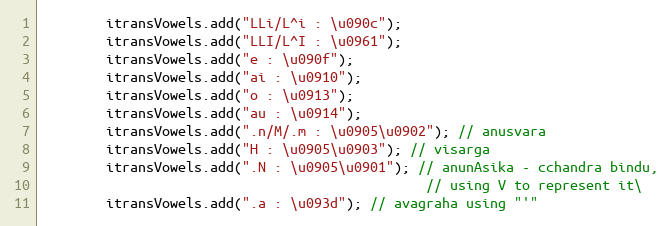
Language: Java
        itransVowels.add("LLi/L^i : \u090c");
        itransVowels.add("LLI/L^I : \u0961");
        itransVowels.add("e : \u090f");
        itransVowels.add("ai : \u0910");
        itransVowels.add("o : \u0913");
        itransVowels.add("au : \u0914");
        itransVowels.add(".n/M/.m : \u0905\u0902"); // anusvara
        itransVowels.add("H : \u0905\u0903"); // visarga
        itransVowels.add(".N : \u0905\u0901"); // anunAsika - cchandra bindu,
                                                // using V to represent it\
        itransVowels.add(".a : \u093d"); // avagraha using "'"